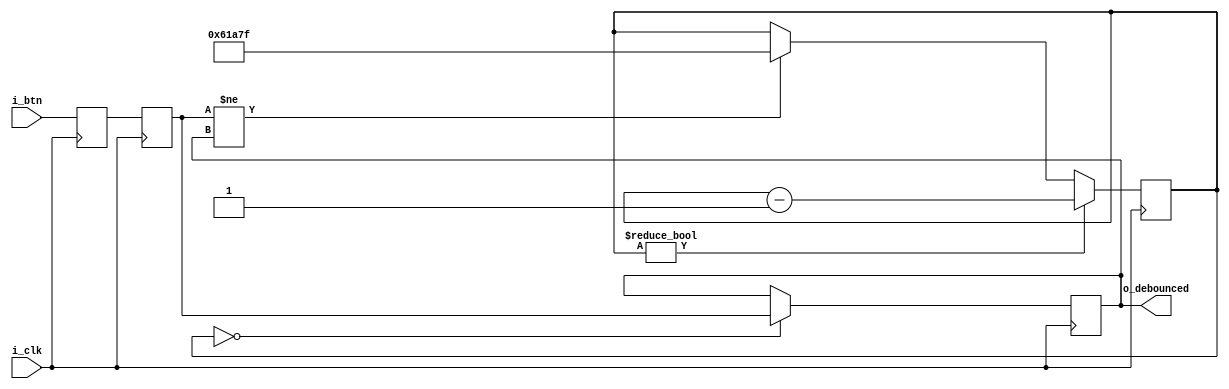
// debouncer for the button.
`default_nettype	none

// Gisselquist's version from his tutorial's lesson 7 "bouncing"
// with slight modifications
module	debouncer(i_clk, i_btn, o_debounced);
    //icestick values, 12MHz clock
    //parameter TIME_PERIOD = 100000;
    //parameter TIME_BITS = 17;
    //upduino v2 values, 48 MHz
    parameter TIME_PERIOD = 400000;
    parameter TIME_BITS = 19;
	input	wire	i_clk, i_btn;
	output	reg	o_debounced;

	reg	r_btn, r_aux;
	reg	[TIME_BITS-1:0]	timer;

	// Our 2FF synchronizer
	initial	{ r_btn, r_aux } = 2'b00;
	always @(posedge i_clk)
		{ r_btn, r_aux } <= { r_aux, i_btn };

	// The count-down timer
	initial	timer = 0;
	always @(posedge i_clk)
	if (timer != 0)
		timer <= timer - 1;
	else if (r_btn != o_debounced)
		timer <= TIME_PERIOD[TIME_BITS-1:0] - 1;

	// Finally, set our output value
	initial	o_debounced = 0;
	always @(posedge i_clk)
	if (timer == 0)
		o_debounced <= r_btn;
endmodule

// MY OWN MODULE ============================================================================================----
module prewish5k_debounce(
    input CLK_I,
    input RST_I,
    output STB_O,                   //mentor/outgoing interface, writes to caller with current status byte
    output[7:0] DAT_O,
    input STB_I,                    //incoming / student
    input[7:0] DAT_I,               // currently unused - later may be a mask to screen multiple inputs
    //HEY THE NEXT WILL BE MULTIPLE BITS WIDE TOO AND HANDLED AS SUCH LATER?
    input i_button,	                // active HIGH input from button, caller presumably just passes this straight along from a pad WILL BE REFACTORED INTO AN ARRAY
    output o_alive                  // debug outblinky
);

    reg[1:0] state = 2'b00;		    //state machine state
    reg strobe_o_reg = 0;		    //for letting state machine send STB_O
    reg alivereg = 0;               //debug thing to toggle alive-LED when strobes happen? Toggle on debounced pos edge
    reg [7:0] dat_reg = 8'b0;       //for saving the switch state for return to caller
    reg[7:0] button_state = 8'b0;	// button state (not state machine state) - ACTIVE HIGH even if inputs are active low, caller must adjust

    //here are the little mechanisms that make a single input work, WILL BE REFACTORED INTO AN ARRAY OR FOR LOOP OR SOMETHING
    wire button_debounced;
    //here's the Gisselquist way, and is this a good place to switch on the sim_step def?
    //this works. use iverilog -D SIM_STEP in build
    `ifdef SIM_STEP
        debouncer #(.TIME_PERIOD(37),.TIME_BITS(6)) deb(.i_clk(CLK_I), .i_btn(i_button), .o_debounced(button_debounced));
    `else
        debouncer deb(CLK_I, i_button, button_debounced);
    `endif

    //so here shift button wire into the status register!
    always @(posedge CLK_I) begin
        if(RST_I == 1) begin
            strobe_o_reg <= 0;
            state <= 2'b00;
		          button_state <= 0;
        end else begin
      		//HARDCODE STATE 0 IS BUTTON. LATER THIS CAN BE MULTIPLE BITS.
            button_state[0] <= button_debounced;

            //ALIVE-BLINKY: look for a positive edge in button_debounced.
            if(~button_state[0] && button_debounced) begin
                alivereg <= ~alivereg;  //toggle alive-reg for debug.
            end

            //state machine stuff
            case (state)
                2'b00 : begin
                    //00 - reset/initial, send all the outgoing signals low, load data advance to 01 if STB_I goes high
                    //otherwise just stay here
                    //I think the nice thing about separate state is waiting for STB_I to be let off, so let's stay with it for now.
                    strobe_o_reg <= 0;
                    if(STB_I == 1) begin
                        //this is unrolled because I used to negate here and couldn't figure out how to do
                        //it all at once - maybe some xor with 8'b11111111
                        dat_reg[0] <= button_state[0];
                        dat_reg[1] <= button_state[1];
                        dat_reg[2] <= button_state[2];
                        dat_reg[3] <= button_state[3];
                        dat_reg[4] <= button_state[4];
                        dat_reg[5] <= button_state[5];
                        dat_reg[6] <= button_state[6];
                        dat_reg[7] <= button_state[7];

                        state <= 2'b01;                     //forgot this wrinkle
                    end
                end

                2'b01 : begin
                    //01 - if STB_I is low, advance to 11 and raise STB_O
                    //so we'll idle here as long as STB_I stays high
                    if(~STB_I) begin
                        strobe_o_reg <= 1;
                        state <= 2'b11;
                    end
                end

                2'b11 : begin
                    //11 - lower STB_O, go to 00
                    strobe_o_reg <= 0;
                    state <= 2'b00;
                end

                2'b10 : begin
                    //10 - currently meaningless, zero out stb_o and go to 00
                    strobe_o_reg <= 0;
                    state <= 2'b00;
                end
            endcase
        end
    end

    assign STB_O = strobe_o_reg;      //is this how I should do this?
    assign DAT_O = dat_reg;           //and is this how you send data? seems to have an extra assign (state -> dat_reg), but who knows when state might have changed...

    assign o_alive = ~alivereg;       // debug LED should toggle when strobe happens - the ~ should make it start out on 1, yes?
endmodule